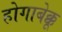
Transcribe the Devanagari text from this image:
होगाबेक्कू